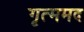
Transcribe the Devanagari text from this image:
गृत्ममद